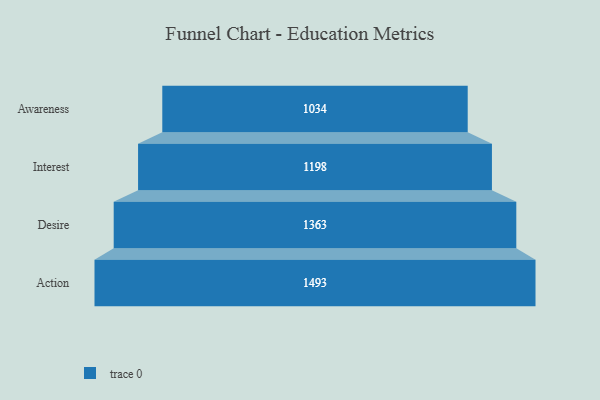
{"axis": {"x": "Stage", "y": "Value"}, "legend": [""], "data": [{"x": "Awareness", "y": 1034.0, "type": ""}, {"x": "Interest", "y": 1198.0, "type": ""}, {"x": "Desire", "y": 1363.0, "type": ""}, {"x": "Action", "y": 1493.0, "type": ""}]}